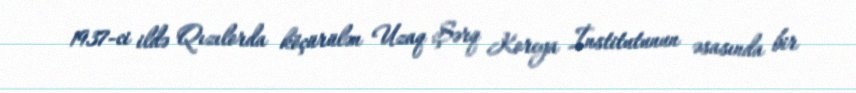
1937-ci ildə Qızılorda köçürülən Uzaq Şərq Koreya İnstitutunun əsasında bir